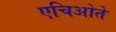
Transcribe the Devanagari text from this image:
एचिओते